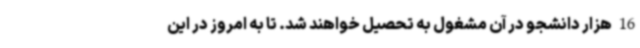
16 هزار دانشجو در آن مشغول به تحصیل خواهند شد. تا به امروز در این